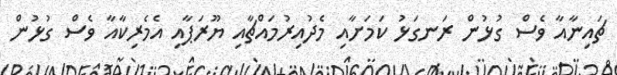
ޗައިނާއާ ވެސް ގުޅުން ރަނގަޅު ކަމަށާއި މެދުއިރުމައްޗާއި ޔޫރަޕާއި އެމެރިކާއާ ވެސް ގުޅުން